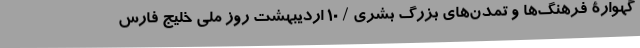
گهوارۀ فرهنگ‌ها و تمدن‌های بزرگ بشری / 10 اردیبهشت روز ملی خلیج فارس